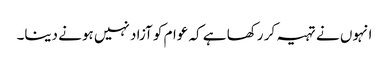
انہوں نے تہیہ کر رکھا ہے کہ عوام کو آزاد نہیں ہونے دینا۔